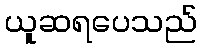
ယူဆရပေသည်